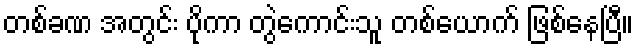
တစ်ခဏ အတွင်း ပိုကာ တွဲကောင်းသူ တစ်ယောက် ဖြစ်နေပြီ။